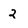
Character: 2